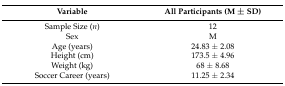
| Variable | All Participants (M ± SD) |
 | --- | --- |
 | Sample Size (n) | 12 |
 | Sex | M |
 | Age (years) | 24.83 ± 2.08 |
 | Height (cm) | 173.5 ± 4.96 |
 | Weight (kg) | 68 ± 8.68 |
 | Soccer Career (years) | 11.25 ± 2.34 |